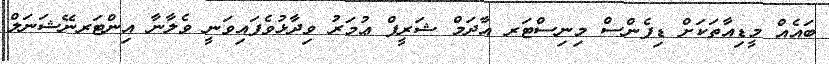
ބައެއް މީޑިއާތަކަށް ޑިފެންސް މިނިސްޓަރ އާދަމް ޝަރީފް ޢުމަރު ވިދާޅުވެފައިވަނީ ވެލާނާ އިންޓަރނޭޝަނަލް